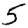
Digit: 5